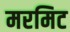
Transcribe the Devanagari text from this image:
मरमिट